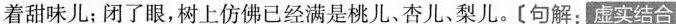
着甜味儿;闭了眼,树上仿佛已经满是桃儿、杏儿、梨儿。[句解，虚实结合